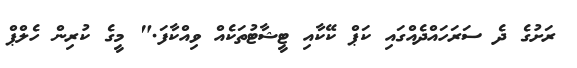
ރަށުގެ ދެ ސަރަހައްދެއްގައި ކަޕް ކޭކާއި ޓީޝާޓުތަކެއް ވިއްްކާފަ." މީގެ ކުރިން ހެލްޕް